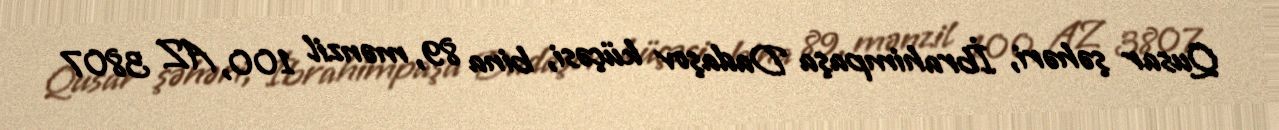
Qusar şəhəri, İbrahimpaşa Dadaşov küçəsi, bina 89, mənzil 100, AZ 3807